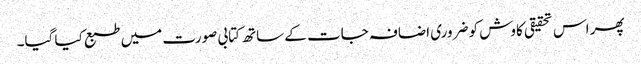
پھر اس تحقیقی کاوش کو ضروری اضافہ جات کے ساتھ کتابی صورت میں طبع کیا گیا۔